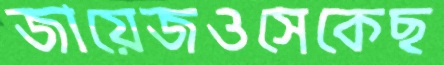
জায়েজওসেকেছ